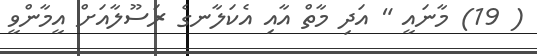
( 19) މާނައީ " އަދި މާތް އާއި އެކަލާނގެ ރަސޫލާއަށް އީމާންވީ